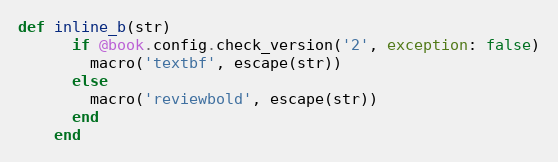
Language: Ruby
def inline_b(str)
      if @book.config.check_version('2', exception: false)
        macro('textbf', escape(str))
      else
        macro('reviewbold', escape(str))
      end
    end